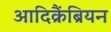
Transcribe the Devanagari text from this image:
आदिक्रैंब्रियन